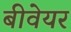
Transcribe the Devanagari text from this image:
बीवेयर